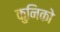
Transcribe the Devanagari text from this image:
कुनिको